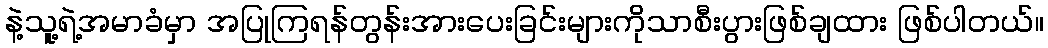
နဲ့သူ့ရဲ့အမာခံမှာ အပြုကြရန်တွန်းအားပေးခြင်းများကိုသာစီးပွားဖြစ်ချထား ဖြစ်ပါတယ်။